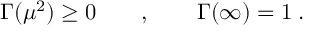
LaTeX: \Gamma ( \mu ^ { 2 } ) \ge 0 \qquad , \qquad \Gamma ( \infty ) = 1 \; .